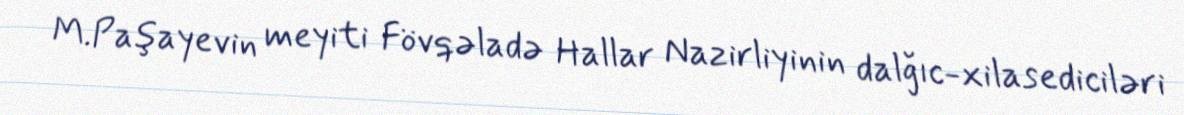
M.Paşayevin meyiti Fövqəladə Hallar Nazirliyinin dalğıc-xilasediciləri